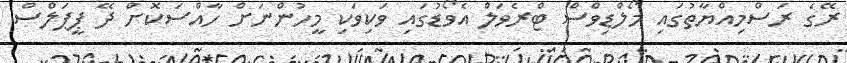
ރޭގެ ރަސްމިއްޔާތުގައި މޯލްޑިވްސް ޓްރެވަލް އެވޯޑުގައި ވަކިވަކި މީހުންނަށް ހާއްސަކޮށް ދޭ ޕީޕަލްސް